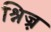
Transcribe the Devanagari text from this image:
श्निज़्र